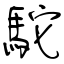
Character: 駝